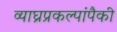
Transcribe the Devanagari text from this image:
व्याघ्रप्रकल्पांपैकी